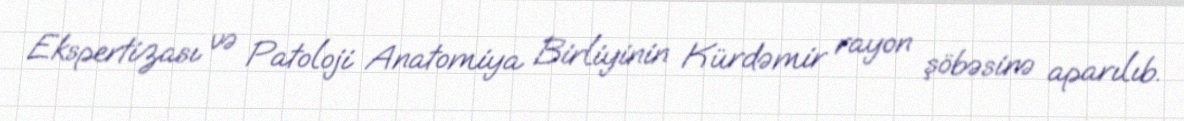
Ekspertizası və Patoloji Anatomiya Birliyinin Kürdəmir rayon şöbəsinə aparılıb.